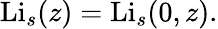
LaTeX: \operatorname{Li}_{s}(z)=\operatorname{Li}_{s}(0,z).